Civil Veterinary Dept. North-West Frontier Province 1933-46 - 1933-1946
Year: 1933
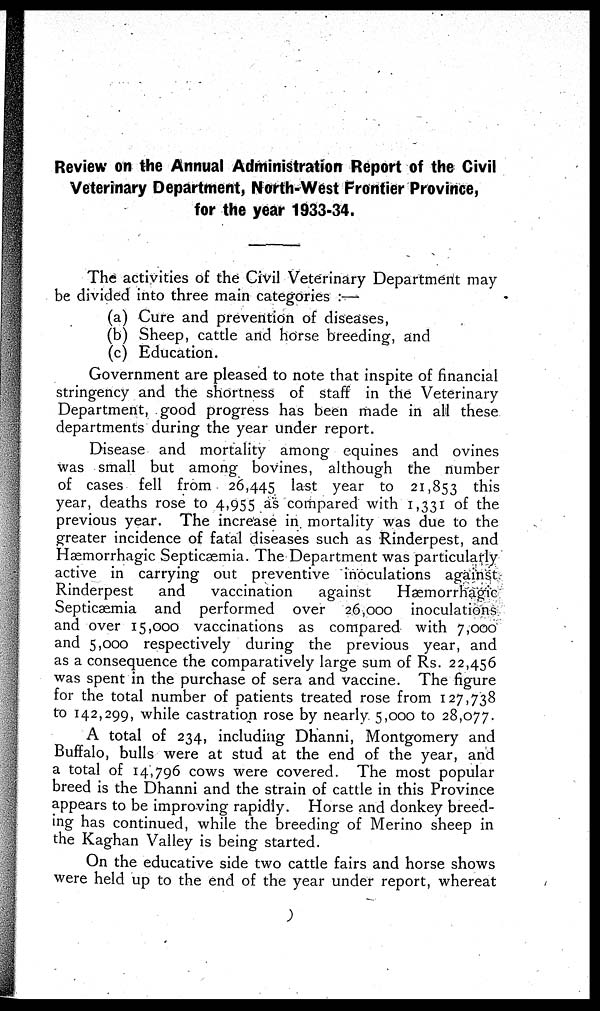
Review on the Annual Administration Report of the Civil
Veterinary Department, North-West Frontier Province,
for the year 1933-34.
The activities of the Civil Veterinary Department may
be divided into three main categories :—
(a) Cure and prevention of diseases,
(b) Sheep, cattle and horse breeding, and
(c) Education.
Government are pleased to note that inspite of financial
stringency and the shortness of staff in the Veterinary
Department, good progress has been made in all these
departments during the year under report.
Disease and mortality among equines and ovines
was small but among bovines, although the number
of cases fell from 26,445 last year to 21,853 this
year, deaths rose to 4,955 as compared with 1,331 of the
previous year. The increase in. mortality was due to the
greater incidence of fatal diseases such as Rinderpest, and
Haemorrhagic Septicæmia. The Department was particularly
active in carrying out preventive inoculations against
Rinderpest
and
vaccination
against
Hæmorrhagic
Septicæmia and performed over 26,000 inoculations
and over 15,000 vaccinations as compared with 7,000
and 5,000 respectively during the previous year, and
as a consequence the comparatively large sum of Rs. 22,456
was spent in the purchase of sera and vaccine. The figure
for the total number of patients treated rose from 127,738
to 142,299, while castration rose by nearly. 5,000 to 28,077.
A total of 234, including Dhanni, Montgomery and
Buffalo, bulls were at stud at the end of the year, and
a total of 14,796 cows were covered. The most popular
breed is the Dhanni and the strain of cattle in this Province
appears to be improving rapidly. Horse and donkey breed-
ing has continued, while the breeding of Merino sheep in
the Kaghan Valley is being started.
On the educative side two cattle fairs and horse shows
were held up to the end of the year under report, whereat